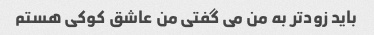
باید زودتر به من می گفتی من عاشق کوکی هستم